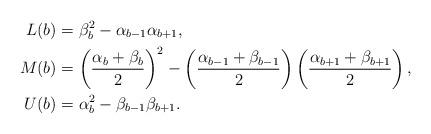
LaTeX: \begin{align*}L(b) &= \beta_b ^2 - \alpha_{b-1}\alpha_{b+1}, \\M(b) &= \left(\frac{\alpha_b + \beta_b}{2}\right) ^2 - \left(\frac{\alpha_{b-1} + \beta_{b-1}}{2}\right)\left(\frac{\alpha_{b+1} + \beta_{b+1}}{2}\right),\\U(b) &= \alpha_b ^2 - \beta_{b-1}\beta_{b+1}.\end{align*}